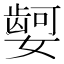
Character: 𫱿